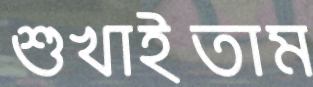
শুখাইতাম